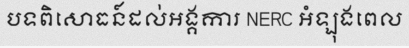
បទពិសោធន៍ដល់អង្គការ NERC អំឡុងពេល